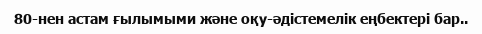
80-нен астам ғылымыми және оқу-әдістемелік еңбектері бар..